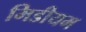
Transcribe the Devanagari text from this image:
मिडीयम